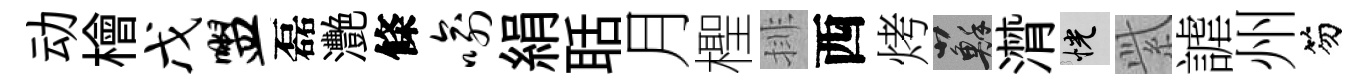
动檜戊盥磊灧條喻絹聒月檉排西烤蘇潸恍𬗋謔州笏